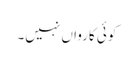
کوئی کارواں نہیں۔